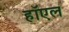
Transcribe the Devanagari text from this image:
हॉएल